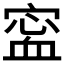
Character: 𡪖